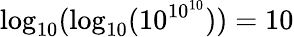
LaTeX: \log_{10}(\log_{10}(10^{10^{10}}))=10